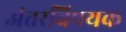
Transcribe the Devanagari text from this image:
अंतरविषयक